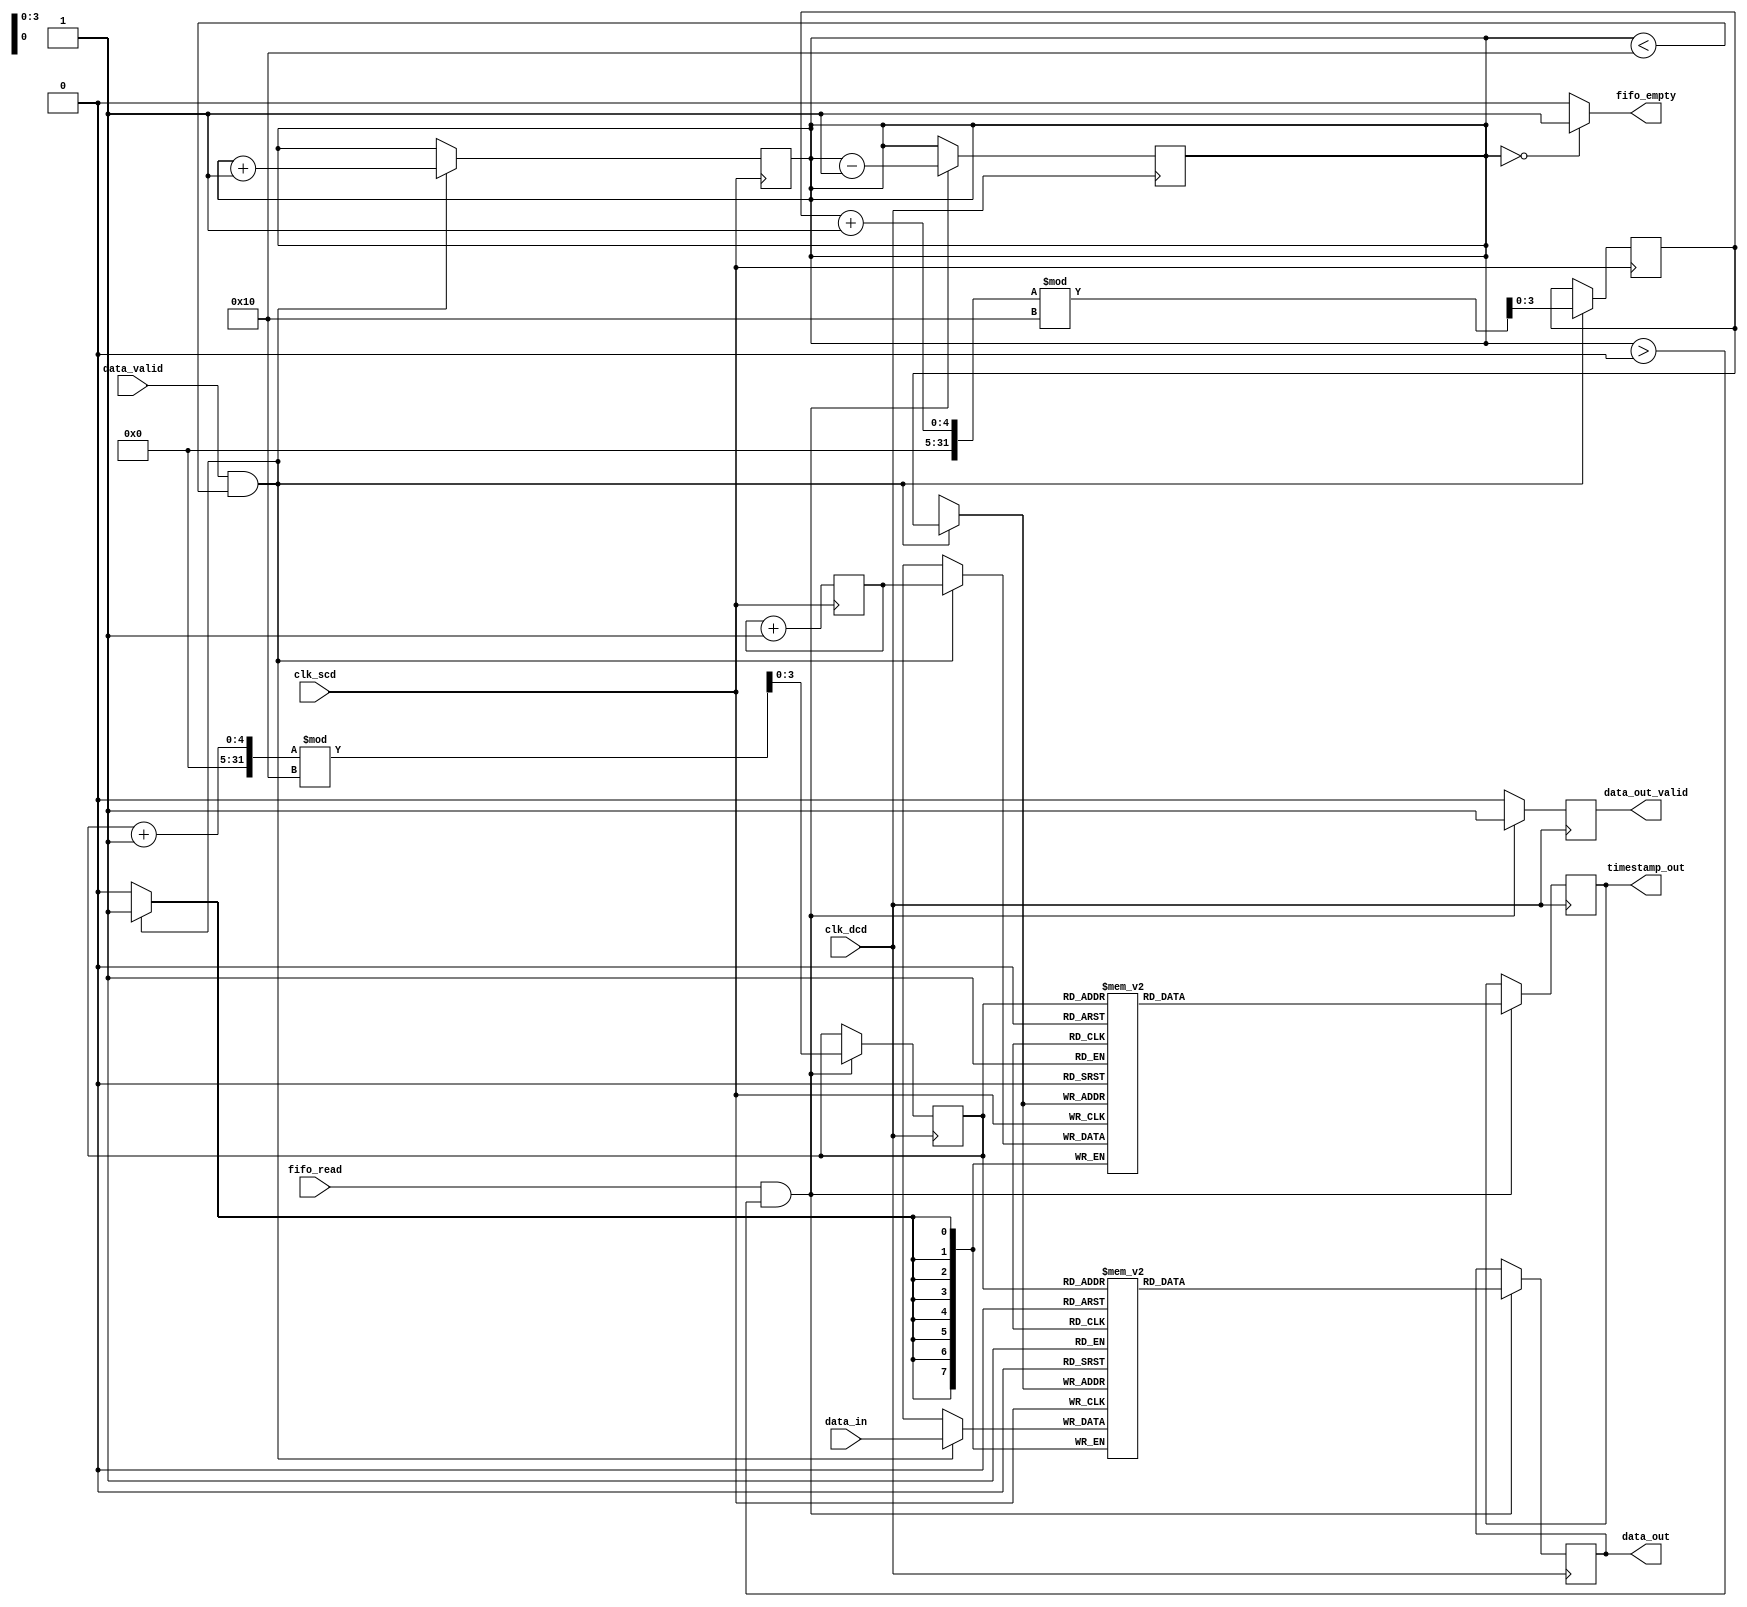
module TimeStampedSynchronizer #(
    parameter DATA_WIDTH = 8,
    parameter TIMESTAMP_WIDTH = 8,
    parameter FIFO_DEPTH = 16
)(
    input wire clk_scd,           // Source Clock Domain
    input wire clk_dcd,           // Destination Clock Domain
    input wire [DATA_WIDTH-1:0] data_in, // Data input from SCD
    input wire data_valid,        // Data valid signal from SCD
    output reg [DATA_WIDTH-1:0] data_out, // Synchronized data output to DCD
    output reg [TIMESTAMP_WIDTH-1:0] timestamp_out, // Synchronized timestamp output
    output reg data_out_valid,    // Data valid signal to DCD
    input wire fifo_read,         // Read request from DCD
    output reg fifo_empty         // FIFO empty flag
);

    // FIFO to store data and timestamps
    reg [DATA_WIDTH-1:0] fifo_data [0:FIFO_DEPTH-1];
    reg [TIMESTAMP_WIDTH-1:0] fifo_timestamp [0:FIFO_DEPTH-1];
    reg [3:0] write_pointer, read_pointer; // 4-bit pointers for FIFO
    reg [3:0] count; // Number of items in FIFO
    
    // Timestamp generator
    reg [TIMESTAMP_WIDTH-1:0] current_timestamp;

    // Write to FIFO on data valid edge of the source clock
    always @(posedge clk_scd) begin
        if (data_valid && count < FIFO_DEPTH) begin
            fifo_data[write_pointer] <= data_in;
            fifo_timestamp[write_pointer] <= current_timestamp;
            write_pointer <= (write_pointer + 1) % FIFO_DEPTH;
            count <= count + 1;
        end
        // Update current timestamp
        current_timestamp <= current_timestamp + 1; // Assuming 1 cycle per increment
    end

    // Read from FIFO on the destination clock domain
    always @(posedge clk_dcd) begin
        if (fifo_read && count > 0) begin
            data_out <= fifo_data[read_pointer];
            timestamp_out <= fifo_timestamp[read_pointer];
            read_pointer <= (read_pointer + 1) % FIFO_DEPTH;
            count <= count - 1;
            data_out_valid <= 1; // Indicate valid data is out
        end else begin
            data_out_valid <= 0; // No valid data output
        end
    end

    // FIFO empty condition
    always @(*) begin
        if (count == 0) begin
            fifo_empty = 1;
        end else begin
            fifo_empty = 0;
        end
    end

    // Reset logic (optional)
    initial begin
        write_pointer = 0;
        read_pointer = 0;
        count = 0;
        current_timestamp = 0;
        data_out_valid = 0;
    end

endmodule